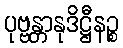
ပုဗ္ဗန္တာနုဒိဋ္ဌီနဉ္စ